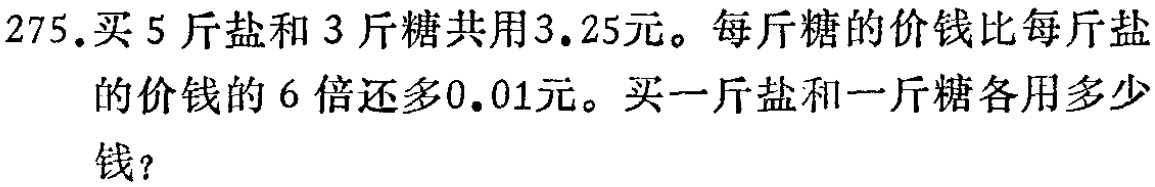
275.买5斤盐和3斤糖共用3.25元。每斤糖的价钱比每斤盐的价钱的6倍还多0.01元。买一斤盐和一斤糖各用多少钱？